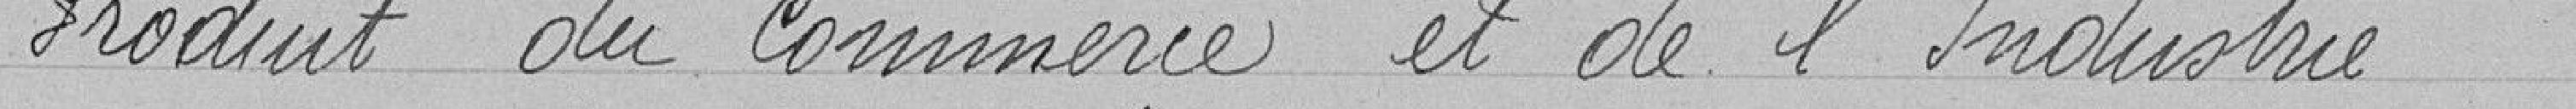
Produit du commerce et de l'Industrie